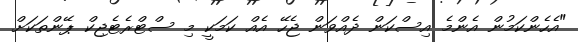
"އެހެންކަމުން އެންމެ އިސްކަން ދެއްވަން ޖެހޭ އެއް ކަމަކީ މި ސްޓްރެޓެޖިކް ޕޭންތަކަށް